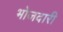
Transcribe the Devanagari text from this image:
भोजदारी